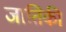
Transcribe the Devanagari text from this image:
जातिकी